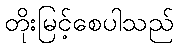
တိုးမြင့်စေပါသည်